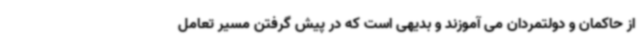
از حاکمان و دولتمردان می آموزند و بدیهی است که در پیش گرفتن مسیر تعامل